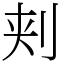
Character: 刾